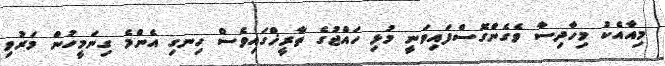
މިއާއެކު މިހާދިސާ ވެގެންގޮސްފައިވަނީ މުޅި ހައްޖުގެ ތާރީޚްގައިވެސް ހިނގި އެންމެ ގިނަމީހުން މަރުވި